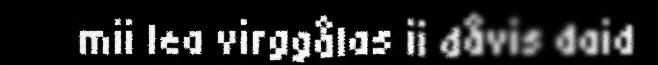
mii lea virggålas ii dåvis daid